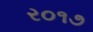
ર૦૧૭